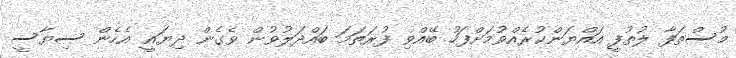
މުސްތަފާ ލުތުފީ އައްޔަންކުރެއްވުމަށްފަހު ބޭއްވި ފުރަތަމަ ބައްދަލުވުން ވެގެން ދިޔައީ އެހެން ސިޔާސީ